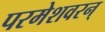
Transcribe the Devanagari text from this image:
परमेशवरन्